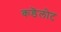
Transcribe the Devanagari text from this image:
कडॆलोट